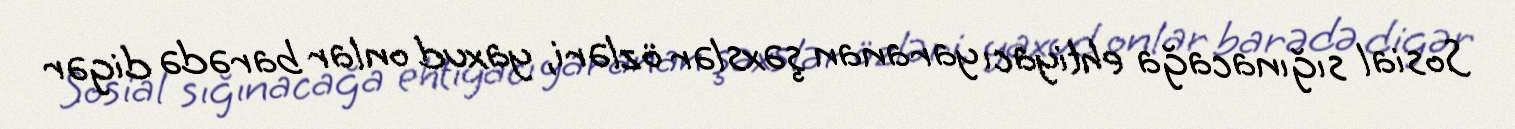
Sosial sığınacağa ehtiyacı yaranan şəxslər özləri, yaxud onlar barədə digər